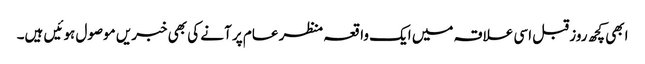
ابھی کچھ روز قبل اسی علاقہ میں ایک واقعہ منظر عام پر آنے کی بھی خبریں موصول ہوئیں ہیں۔